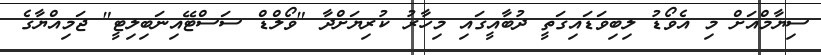
ސިޔާމްއަށް މި އެވޯޑު ލިބިވަޑައިގަތީ ދުބާއީގައި މިހާރު ކުރިޔަށްދާ "ވޯލްޑް ސަސްޓޭއިނަބިލިޓީ" ޖަމިއްޔާގެ